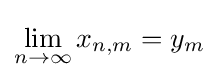
\lim _{n\to \infty }x_{n,m}=y_{m}